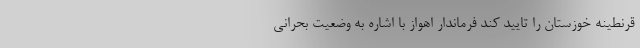
قرنطینه خوزستان را تایید کند فرماندار اهواز با اشاره به وضعیت بحرانی